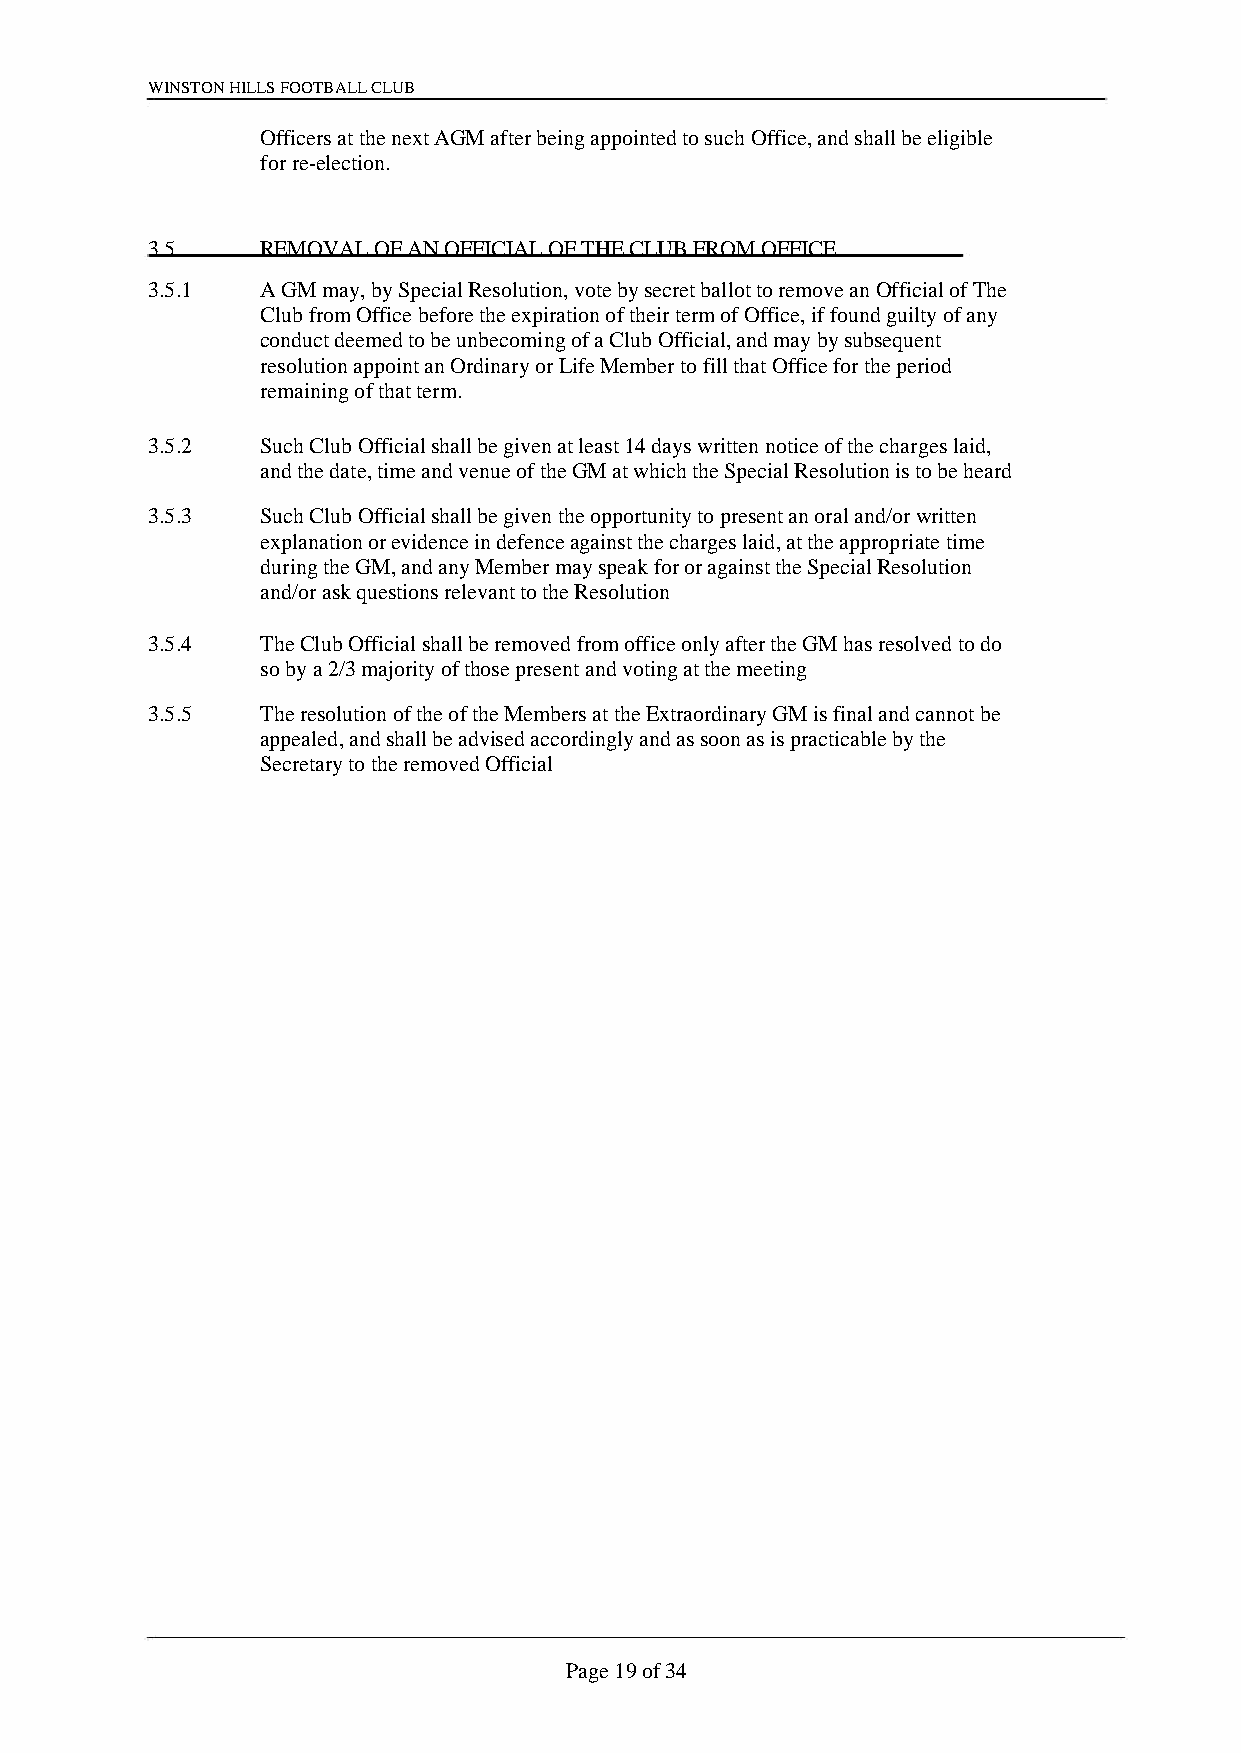
WINSTON HILLS FOOTBALL CLUB
 Officers at the next AGM after being appointed to such Office, and shall be eligible
 for re-election.
 3.5    REMOVAL OF AN OFFICIAL OF THE CLUB FROM OFFICE
 3.5.1  A GM may, by Special Resolution, vote by secret ballot to remove an Official of The
 Club from Office before the expiration of their term of Office, if found guilty of any
 conduct deemed to be unbecoming of a Club Official, and may by subsequent
 resolution appoint an Ordinary or Life Member to fill that Office for the period
 remaining of that term.
 3.5.2  Such Club Official shall be given at least 14 days written notice of the charges laid,
 and the date, time and venue of the GM at which the Special Resolution is to be heard
 3.5.3  Such Club Official shall be given the opportunity to present an oral and/or written
 explanation or evidence in defence against the charges laid, at the appropriate time
 during the GM, and any Member may speak for or against the Special Resolution
 and/or ask questions relevant to the Resolution
 3.5.4  The Club Official shall be removed from office only after the GM has resolved to do
 so by a 2/3 majority of those present and voting at the meeting
 3.5.5  The resolution of the of the Members at the Extraordinary GM is final and cannot be
 appealed, and shall be advised accordingly and as soon as is practicable by the
 Secretary to the removed Official
 Page 19 of 34